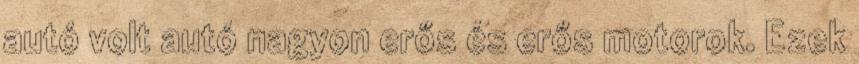
autó volt autó nagyon erős és erős motorok. Ezek